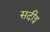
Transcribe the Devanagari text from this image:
सदीइ